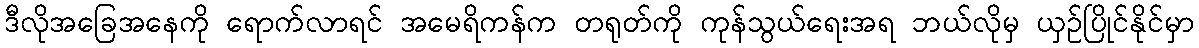
ဒီလိုအခြေအနေကို ရောက်လာရင် အမေရိကန်က တရုတ်ကို ကုန်သွယ်ရေးအရ ဘယ်လိုမှ ယှဉ်ပြိုင်နိုင်မှာ